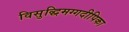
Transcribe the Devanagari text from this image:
विसुद्धिमग्गदीपिका